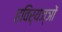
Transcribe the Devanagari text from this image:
हविर्यज्ञों